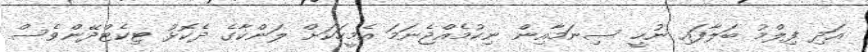
އަދި ފިލްމު ބަލާފައި ނުހީ ސިނަމާއިން ނިކުމެއްޖެނަމަ އެމީހަކަށް ލަންކާގެ ދެކޮޅު ޓިކެޓްދޭންވެސް